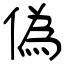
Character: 偽